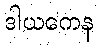
ဒါယကေန